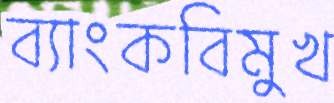
ব্যাংকবিমুখ